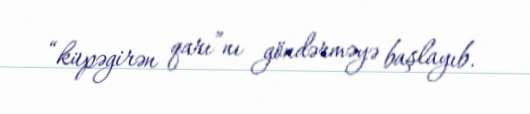
“küpəgirən qarı”nı göndərməyə başlayıb.